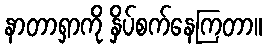
နာတာရှာကို နှိပ်စက်နေကြတာ။